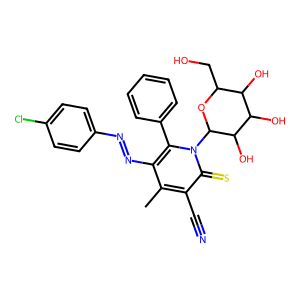
SMILES: Cc1c(N=Nc2ccc(Cl)cc2)c(-c2ccccc2)n(C2OC(CO)C(O)C(O)C2O)c(=S)c1C#N
Inhibits HIV replication: No